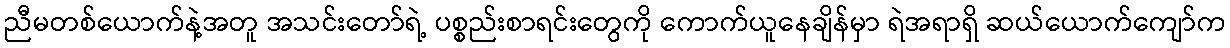
ညီမတစ်ယောက်နဲ့အတူ အသင်းတော်ရဲ့ ပစ္စည်းစာရင်းတွေကို ကောက်ယူနေချိန်မှာ ရဲအရာရှိ ဆယ်ယောက်ကျော်က